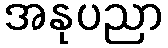
အနုပညာ